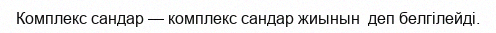
Комплекс сандар — комплекс сандар жиынын  деп белгілейді.